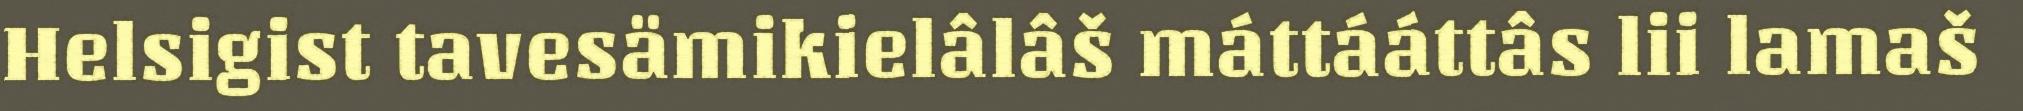
Helsigist tavesämikielâlâš máttááttâs lii lamaš